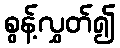
စွန့်လွှတ်၍